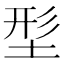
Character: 𡌑